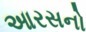
આરસનો